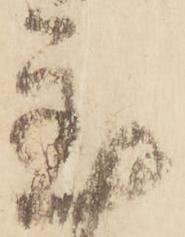
置